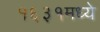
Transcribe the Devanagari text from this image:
१६३१मध्ये